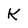
Character: K